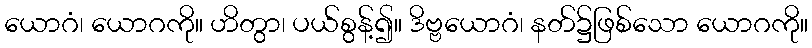
ယောဂံ၊ ယောဂကို။ ဟိတွာ၊ ပယ်စွန့်၍။ ဒိဗ္ဗယောဂံ၊ နတ်၌ဖြစ်သော ယောဂကို။